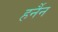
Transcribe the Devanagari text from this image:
हर्नैन